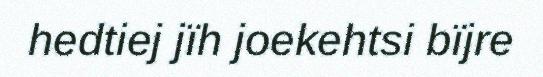
hedtiej jïh joekehtsi bïjre